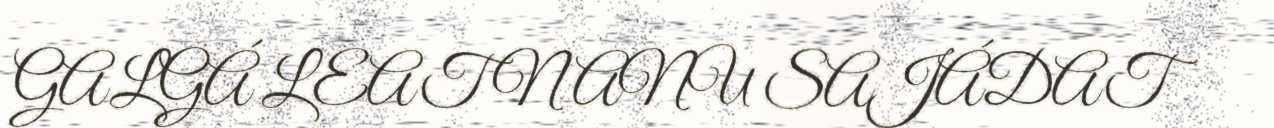
GALGÁ LEAT NANU SAJÁDAT